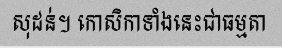
សុដន់។ កោសិកាទាំងនេះជាធម្មតា